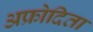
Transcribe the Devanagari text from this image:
अफ्रोदिता